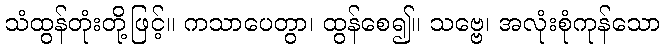
သံထွန်တုံးတို့ဖြင့်။ ကသာပေတွာ၊ ထွန်စေ၍။ သဗ္ဗေ၊ အလုံးစုံကုန်သော